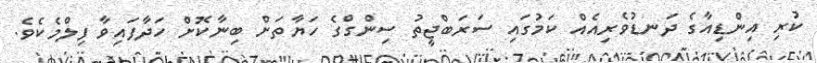
ކުރި އިންޑިއާގެ ދަނޑުވެރިއެއް ކަމުގައި ސަރަބްޖީތު ސިންގްގެ ހަޔާތަށް ބިނާކޮށް ހަދާފައިވާ ފިލްމެކެވެ.